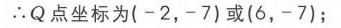
\(\therefore Q\)点坐标为\(( - 2,-7)\)或\((6,-7)\)；